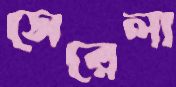
সেরেলা